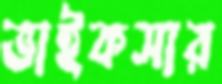
ভাইকসার